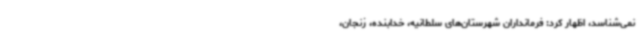
نمی‌شناسد، اظهار کرد: فرمانداران شهرستان‌های سلطانیه، خدابنده، زنجان،